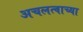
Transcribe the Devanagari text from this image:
अचलत्वाच्या